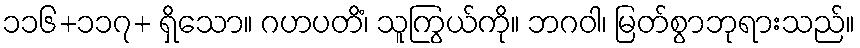
၁၁၆+၁၁၇+ ရှိသော။ ဂဟပတိံ၊ သူကြွယ်ကို။ ဘဂဝါ၊ မြတ်စွာဘုရားသည်။